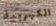
الكهربية